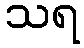
သရ